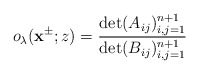
\begin{align*}o_\lambda(\mathbf{x}^{\pm};z)=\frac{\det(A_{ij})^{n+1}_{i,j=1}}{\det(B_{ij})^{n+1}_{i,j=1}}\end{align*}